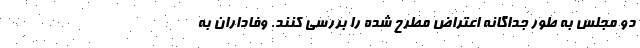
دو مجلس به طور جداگانه اعتراض مطرح شده را بررسی کنند. وفاداران به